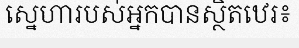
ស្នេហារបស់អ្នកបានស្ថិតឋេរ៖